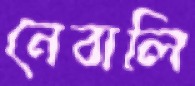
নেবালি